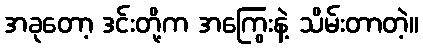
အခုတော့ ဒင်းတို့က အကြွေးနဲ့ သိမ်းတာတဲ့။